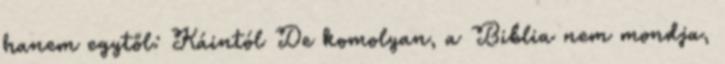
hanem egytől: Káintól De komolyan, a Biblia nem mondja,